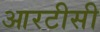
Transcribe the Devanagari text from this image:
आरटीसी